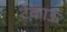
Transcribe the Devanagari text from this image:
टेकाऊ